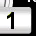
Digit: 1